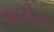
શાયોના